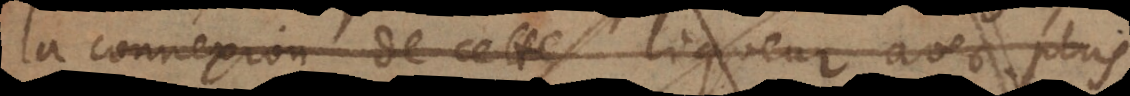
nnexion de cette liqueur avec plus